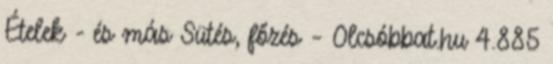
Ételek - és más Sütés, főzés – Olcsóbbat.hu 4.885